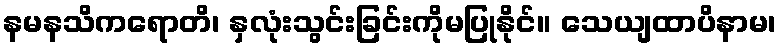
နမနသိကရောတိ၊ နှလုံးသွင်းခြင်းကိုမပြုနိုင်။ သေယျထာပိနာမ၊